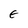
Character: E